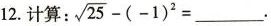
12.计算： $$\sqrt { 2 5 } - ( - 1 ) ^ { 2 } =$$ 。